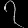
Digit: ၇